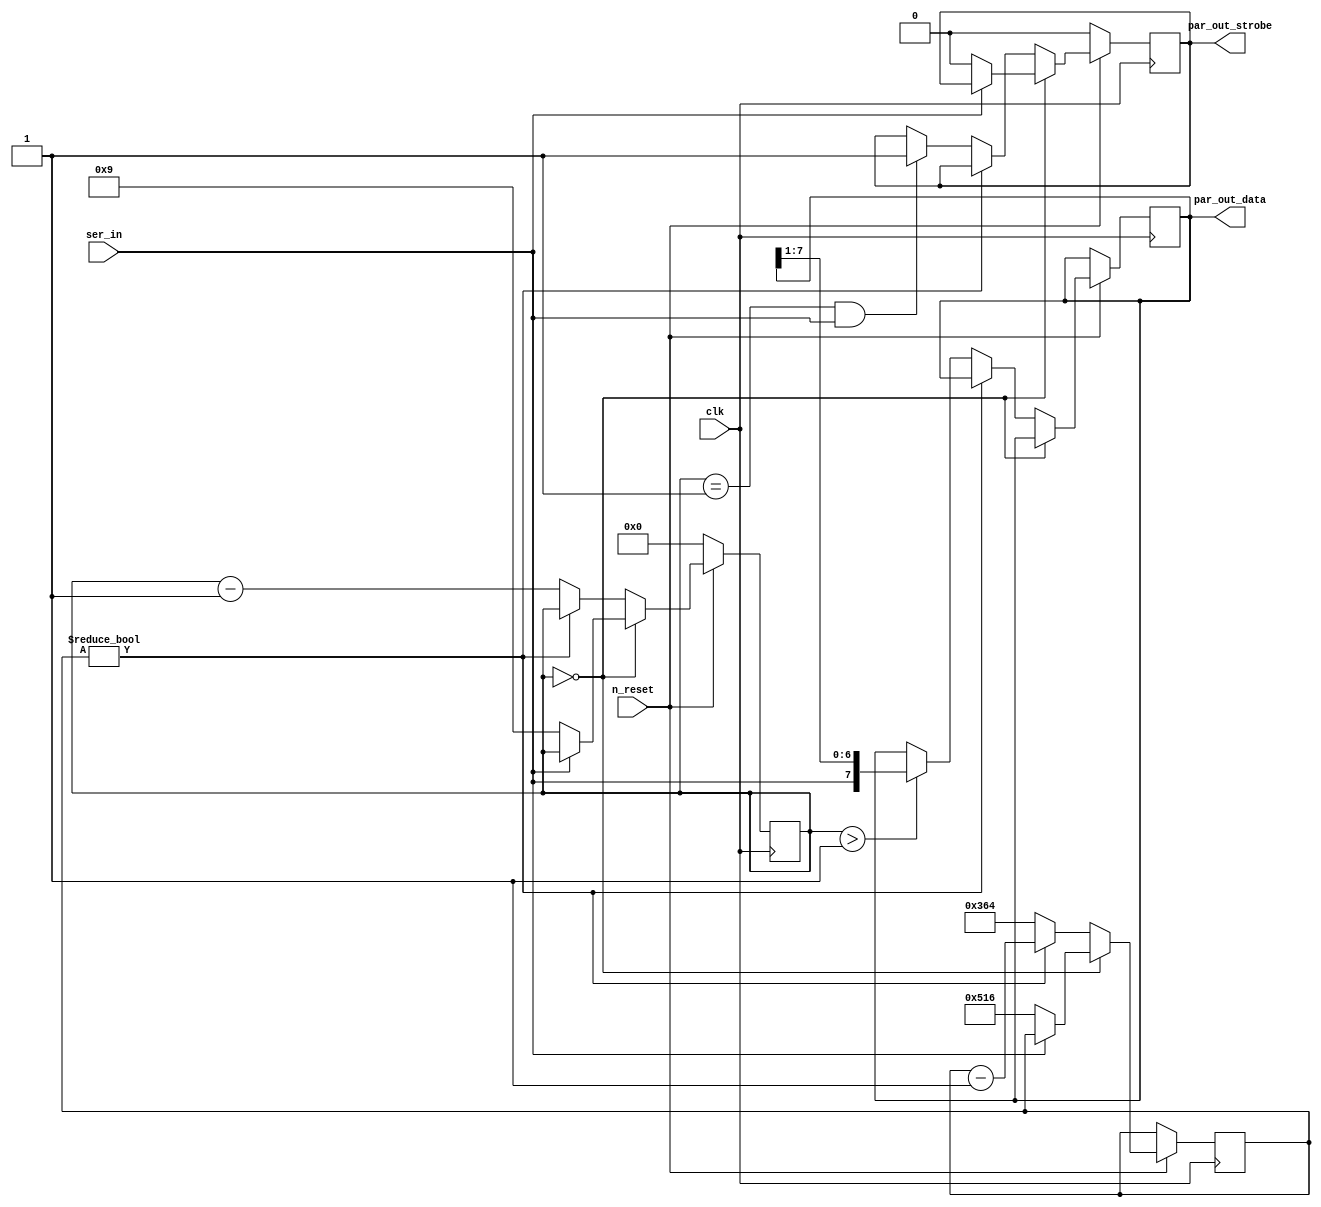
module mist_console #(parameter CLKFREQ=100) (
		     input 	  clk,      
		     input 	  n_reset,
		     input 	  ser_in,
		     output [7:0] par_out_data,
		     output   par_out_strobe
); 
localparam TICKSPERBIT = (CLKFREQ*1000000)/115200;
assign par_out_data = rx_byte;
assign par_out_strobe = strobe;
reg strobe;
reg [7:0] rx_byte ;
reg [5:0] state;
reg [15:0] recheck; 
always @(posedge clk) begin
	if(!n_reset) begin
		state <= 6'd0;  
		strobe <= 1'b0;
	end else begin
		if(state == 0) begin
			if(!ser_in) begin 
				recheck <= 3*TICKSPERBIT/2;
				state <= 9;
				strobe <= 1'b0;
			end
		end else begin
			if(recheck != 0) 
				recheck <= recheck - 1;
			else begin
				if(state > 1)
					rx_byte <= { ser_in, rx_byte[7:1]};
				recheck <= TICKSPERBIT;
				state <= state - 1;
				if((state == 1) && (ser_in == 1))
					strobe <= 1'b1;
			end
		end
	end
end
endmodule